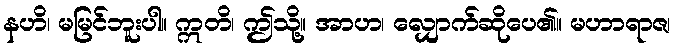
နဟိ၊ မမြင်ဘူးပါ။ ဣတိ၊ ဤသို့။ အာဟ၊ လျှောက်ဆိုပေ၏။ မဟာရာဇ၊